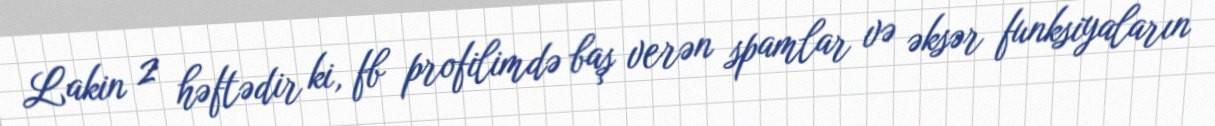
Lakin 2 həftədir ki, fb profilimdə baş verən spamlar və əksər funksiyaların